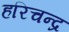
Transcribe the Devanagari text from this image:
हरिचन्द्र